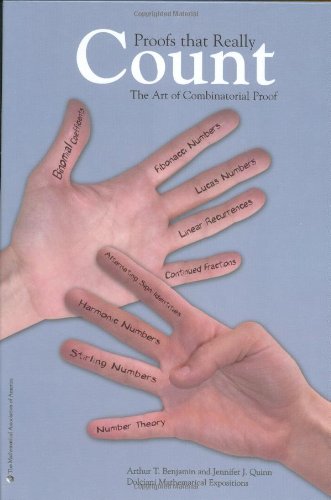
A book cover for Proofs that Really Count:  The Art of Combinatorial Proof (Dolciani Mathematical Expositions); Arthur T. Benjamin; Science & Math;